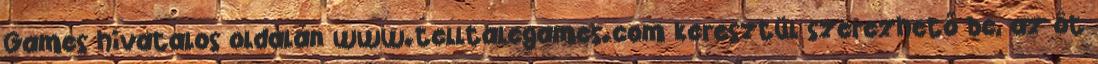
Games hivatalos oldalán www.telltalegames.com keresztül szerezhető be, az öt